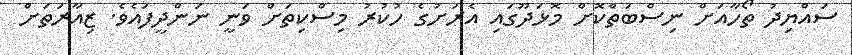
ސައްޔިދު ތޯހާއަށް ނިސްބަތްކޮށް މޮޅަދޫގައި އެރަށުގެ ހުކުރު މިސްކިތަށް ވަނީ ނަންދީފައެވެ. ޒިއާރަތަށް